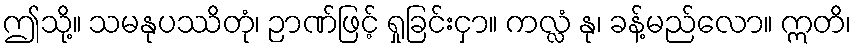
ဤသို့။ သမနုပဿိတုံ၊ ဉာဏ်ဖြင့် ရှုခြင်းငှာ။ ကလ္လံ နု၊ ခန့်မည်လော။ ဣတိ၊